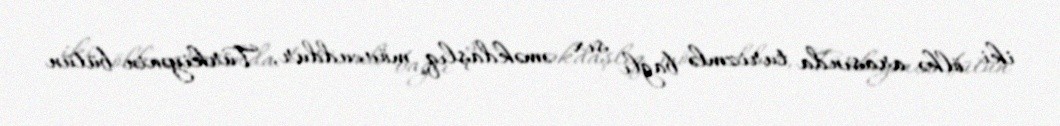
iki ölkə arasında turizmlə bağlı sıx əməkdaşlıq mövcuddur, Türkiyənin bütün